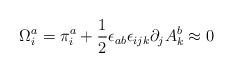
LaTeX: \begin{align*}\Omega^a_{i} = \pi^a_{i} + \frac{1}{2}\epsilon_{a b}\epsilon_{ijk}\partial_jA^b_{k}\approx 0\end{align*}